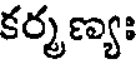
కర్మణ్యః